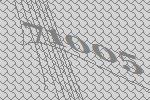
71005